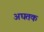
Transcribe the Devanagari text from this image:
अघतक